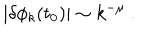
LaTeX: \vert \delta \phi _ { k } ( t _ { 0 } ) \vert \sim k ^ { - \mu } \ .